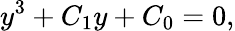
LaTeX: y^{3}+C_{1}y+C_{0}=0,